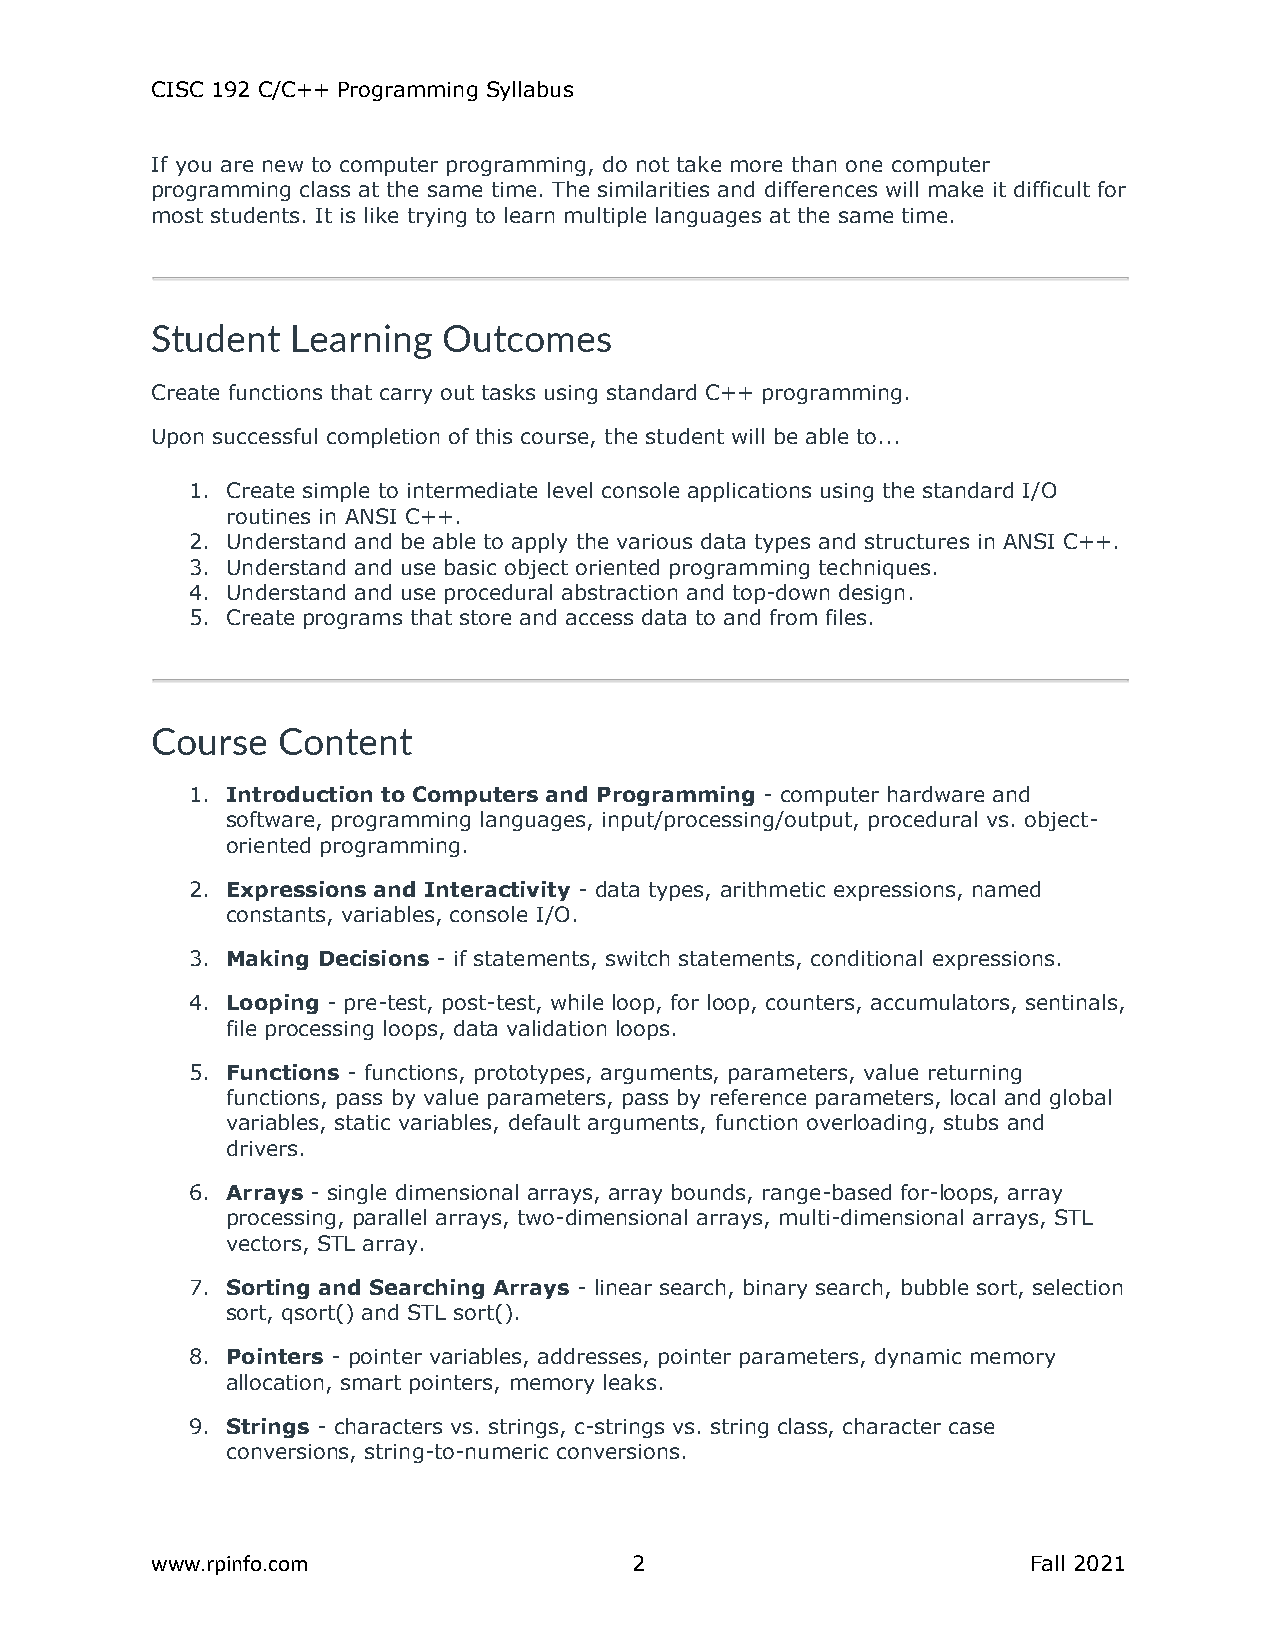
CISC 192 C/C++ Programming Syllabus
 If you are new to computer programming, do not take more than one computer
 programming class at the same time. The similarities and differences will make it difficult for
 most students. It is like trying to learn multiple languages at the same time.
 Student  Learning  Outcomes
 Create functions that carry out tasks using standard C++ programming.
 Upon successful completion of this course, the student will be able to...
 1. Create simple to intermediate level console applications using the standard I/O
 routines in ANSI C++.
 2. Understand and be able to apply the various data types and structures in ANSI C++.
 3. Understand and use basic object oriented programming techniques.
 4. Understand and use procedural abstraction and top-down design.
 5. Create programs that store and access data to and from files.
 Course  Content
 1. Introduction to Computers and Programming - computer hardware and
 software, programming languages, input/processing/output, procedural vs. object-
 oriented programming.
 2. Expressions and Interactivity - data types, arithmetic expressions, named
 constants, variables, console I/O.
 3. Making Decisions - if statements, switch statements, conditional expressions.
 4. Looping - pre-test, post-test, while loop, for loop, counters, accumulators, sentinals,
 file processing loops, data validation loops.
 5. Functions - functions, prototypes, arguments, parameters, value returning
 functions, pass by value parameters, pass by reference parameters, local and global
 variables, static variables, default arguments, function overloading, stubs and
 drivers.
 6. Arrays - single dimensional arrays, array bounds, range-based for-loops, array
 processing, parallel arrays, two-dimensional arrays, multi-dimensional arrays, STL
 vectors, STL array.
 7. Sorting and Searching Arrays - linear search, binary search, bubble sort, selection
 sort, qsort() and STL sort().
 8. Pointers - pointer variables, addresses, pointer parameters, dynamic memory
 allocation, smart pointers, memory leaks.
 9. Strings - characters vs. strings, c-strings vs. string class, character case
 conversions, string-to-numeric conversions.
 www.rpinfo.com                  2                         Fall 2021